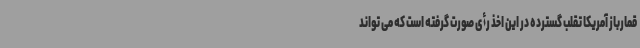
قمارباز آمریکا تقلب گسترده در این اخذ رأی صورت گرفته است که می تواند